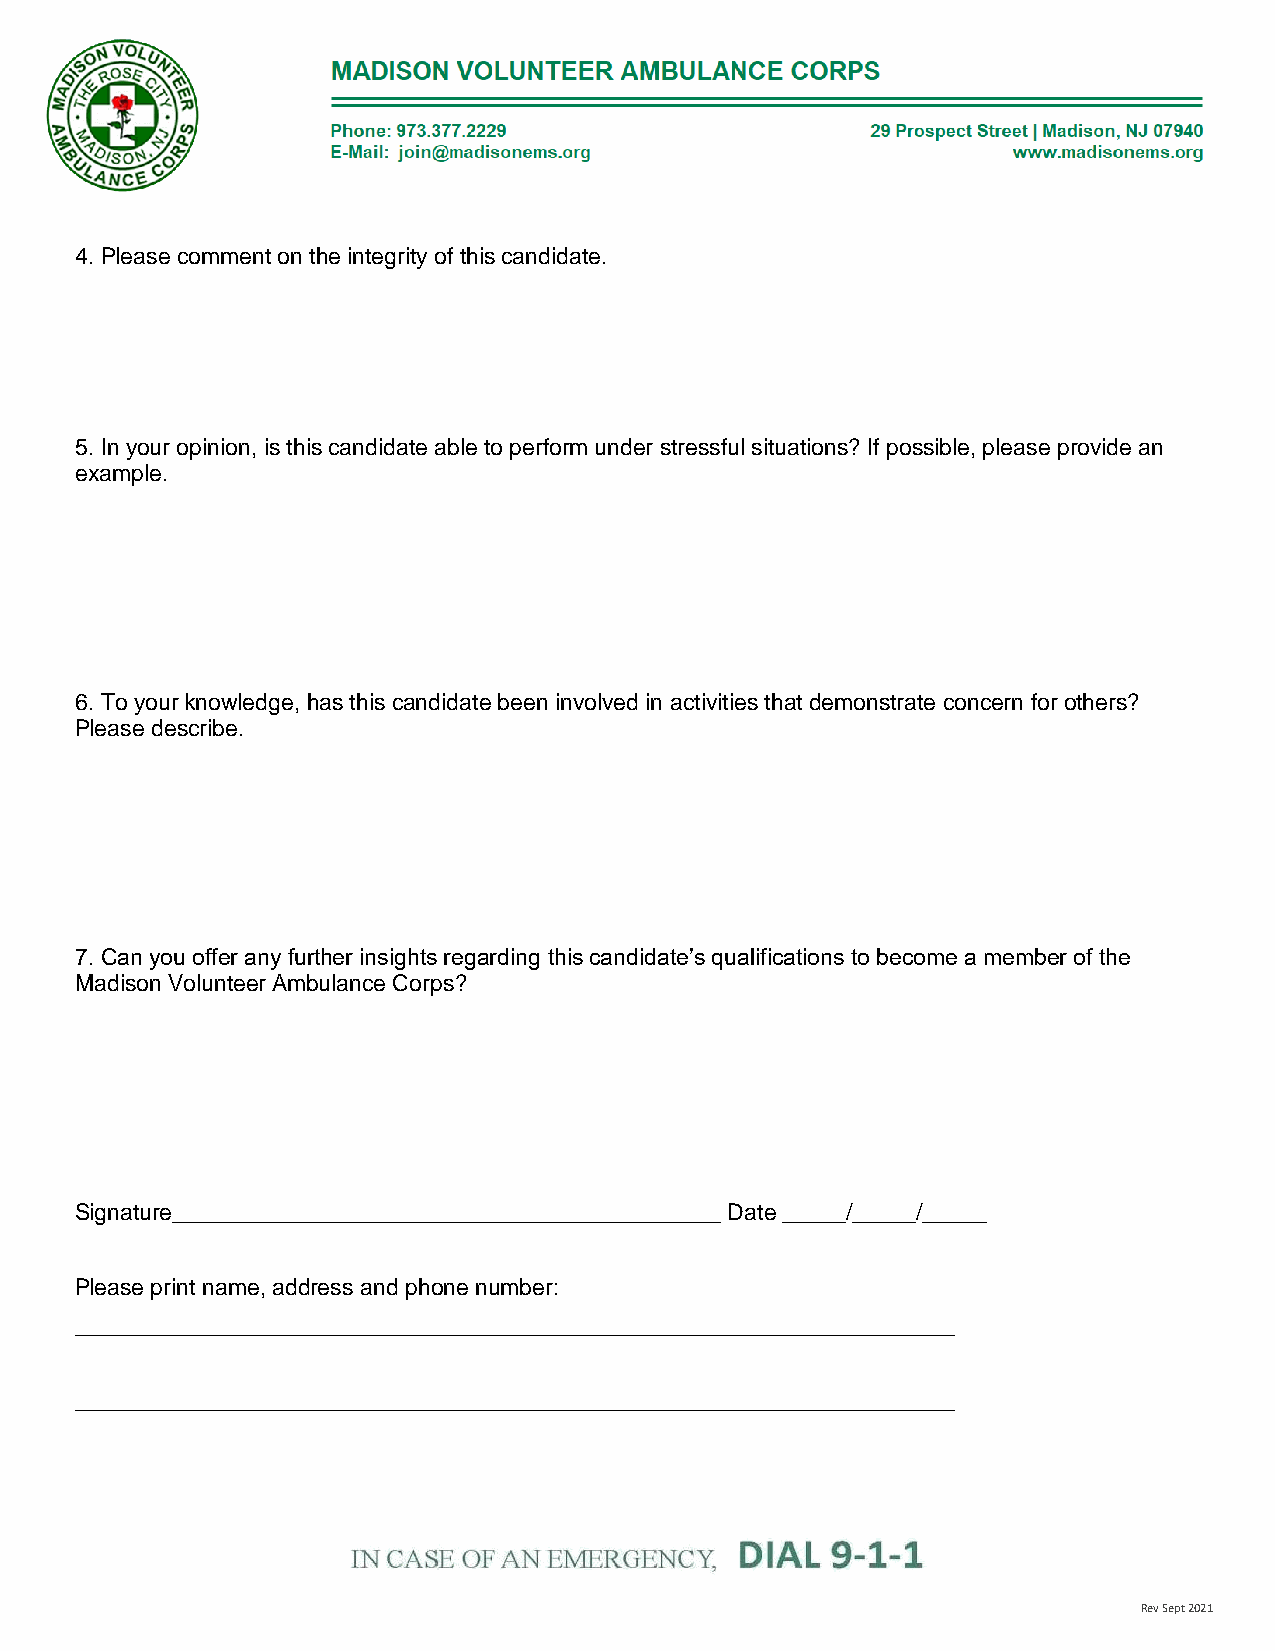
4. Please comment on the integrity of this candidate.
 5. In your opinion, is this candidate able to perform under stressful situations? If possible, please provide an
 example.
 6. To your knowledge, has this candidate been involved in activities that demonstrate concern for others?
 Please describe.
 7. Can you offer any further insights regarding this candidate’s qualifications to become a member of the
 Madison Volunteer Ambulance Corps?
 Signature___________________________________________ Date _____/_____/_____
 Please print name, address and phone number:
 _____________________________________________________________________
 _____________________________________________________________________
 Rev Sept 2021